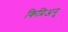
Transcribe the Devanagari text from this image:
किप्रिअनु